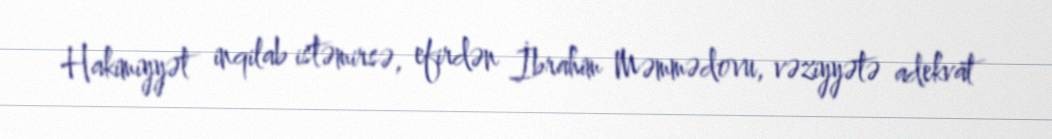
Hakimiyyət inqilab istəmirsə, efirdən İbrahim Məmmədovu, vəziyyətə adekvat